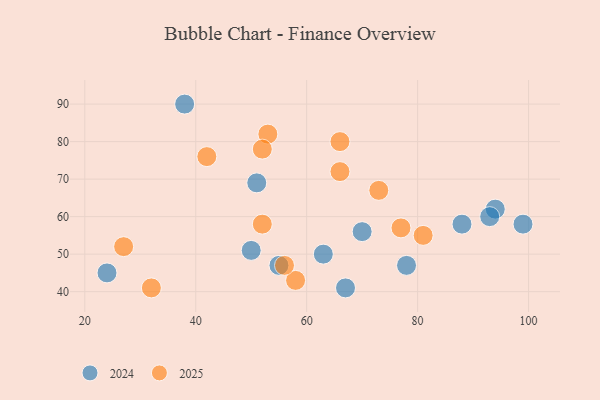
{"axis": {"x": "GDP", "y": "Life Expectancy"}, "legend": ["2024", "2025"], "data": [{"x": "52", "y": 58, "type": "2025"}, {"x": "58", "y": 43, "type": "2025"}, {"x": "81", "y": 55, "type": "2025"}, {"x": "56", "y": 47, "type": "2025"}, {"x": "53", "y": 82, "type": "2025"}, {"x": "52", "y": 78, "type": "2025"}, {"x": "27", "y": 52, "type": "2025"}, {"x": "77", "y": 57, "type": "2025"}, {"x": "42", "y": 76, "type": "2025"}, {"x": "32", "y": 41, "type": "2025"}, {"x": "66", "y": 80, "type": "2025"}, {"x": "66", "y": 72, "type": "2025"}, {"x": "73", "y": 67, "type": "2025"}, {"x": "24", "y": 45, "type": "2024"}, {"x": "38", "y": 90, "type": "2024"}, {"x": "78", "y": 47, "type": "2024"}, {"x": "51", "y": 69, "type": "2024"}, {"x": "50", "y": 51, "type": "2024"}, {"x": "88", "y": 58, "type": "2024"}, {"x": "67", "y": 41, "type": "2024"}, {"x": "70", "y": 56, "type": "2024"}, {"x": "55", "y": 47, "type": "2024"}, {"x": "63", "y": 50, "type": "2024"}, {"x": "94", "y": 62, "type": "2024"}, {"x": "99", "y": 58, "type": "2024"}, {"x": "93", "y": 60, "type": "2024"}]}